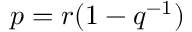
p = r ( 1 - q ^ { - 1 } )